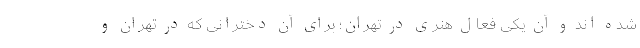
شده اند و آن یکی فعال هنری در تهران؛ برای آن دخترانی که در تهران و